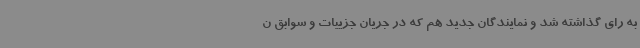
به رای گذاشته شد و نمایندگان جدید هم که در جریان جزییات و سوابق ن